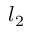
l _ { 2 }